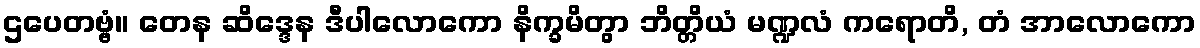
ဌပေတဗ္ဗံ။ တေန ဆိဒ္ဒေန ဒီပါလောကော နိက္ခမိတွာ ဘိတ္တိယံ မဏ္ဍလံ ကရောတိ, တံ အာလောကော